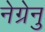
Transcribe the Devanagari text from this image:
नेग्रेनु